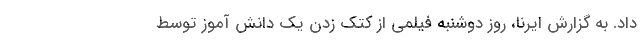
داد. به گزارش ایرنا، روز دوشنبه فیلمی از کتک زدن یک دانش آموز توسط